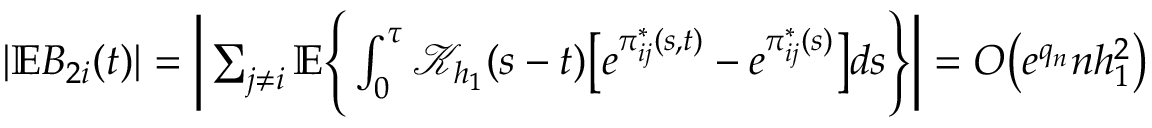
\begin{array} { r } { | \mathbb { E } B _ { 2 i } ( t ) | = \bigg | \sum _ { j \neq i } \mathbb { E } \Bigg \{ \int _ { 0 } ^ { \tau } \mathcal { K } _ { h _ { 1 } } ( s - t ) \big [ e ^ { \pi _ { i j } ^ { * } ( s , t ) } - e ^ { \pi _ { i j } ^ { * } ( s ) } \big ] d s \Bigg \} \bigg | = O \big ( e ^ { q _ { n } } n h _ { 1 } ^ { 2 } \big ) } \end{array}